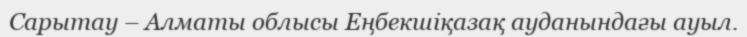
Сарытау – Алматы облысы Еңбекшіқазақ ауданындағы ауыл.